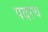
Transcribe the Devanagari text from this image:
पदरच